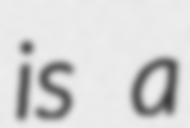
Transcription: is a